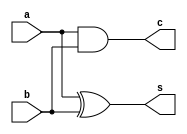
`timescale 1ns / 1ps
//////////////////////////////////////////////////////////////////////////////////
// Company: 
// Engineer: 
// 
// Design Name: 
// Module Name:    half_adder_bh 
// Project Name: 
// Target Devices: 
// Tool versions: 
// Description: 
//
// Dependencies: 
//
// Revision: 
// Revision 0.01 - File Created
// Additional Comments: 
//
//////////////////////////////////////////////////////////////////////////////////
module half_adder_bh(a,b,s,c);
input a,b;
output reg s,c;
always @ (a,b)
begin
s = a^b;
c = a&b;
end


endmodule